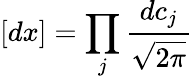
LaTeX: [dx]=\prod_{j}{\frac{dc_{j}}{\sqrt{2\pi}}}